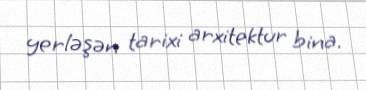
yerləşən tarixi arxitektur bina.